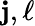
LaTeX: \mathbf{j},\ell